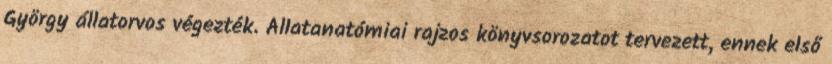
György állatorvos végezték. Állatanatómiai rajzos könyvsorozatot tervezett, ennek első